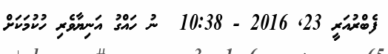
ފެބްރުއަރީ 23